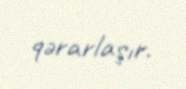
qərarlaşır.